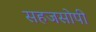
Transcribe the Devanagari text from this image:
सहजसोपी